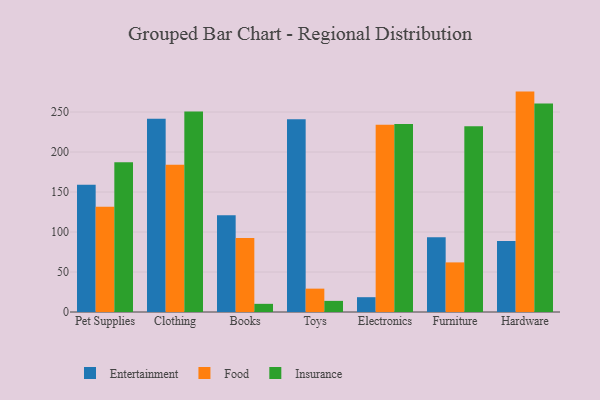
{"axis": {"x": "Category", "y": "Customer Acquisition Cost (USD)"}, "legend": ["Entertainment", "Food", "Insurance"], "data": [{"x": "Pet Supplies", "y": 159.0, "type": "Entertainment"}, {"x": "Pet Supplies", "y": 131.5, "type": "Food"}, {"x": "Pet Supplies", "y": 187.2, "type": "Insurance"}, {"x": "Clothing", "y": 241.6, "type": "Entertainment"}, {"x": "Clothing", "y": 184.1, "type": "Food"}, {"x": "Clothing", "y": 250.7, "type": "Insurance"}, {"x": "Books", "y": 120.8, "type": "Entertainment"}, {"x": "Books", "y": 92.4, "type": "Food"}, {"x": "Books", "y": 10.2, "type": "Insurance"}, {"x": "Toys", "y": 241.0, "type": "Entertainment"}, {"x": "Toys", "y": 29.2, "type": "Food"}, {"x": "Toys", "y": 13.9, "type": "Insurance"}, {"x": "Electronics", "y": 18.5, "type": "Entertainment"}, {"x": "Electronics", "y": 234.0, "type": "Food"}, {"x": "Electronics", "y": 235.0, "type": "Insurance"}, {"x": "Furniture", "y": 93.4, "type": "Entertainment"}, {"x": "Furniture", "y": 62.0, "type": "Food"}, {"x": "Furniture", "y": 232.2, "type": "Insurance"}, {"x": "Hardware", "y": 88.9, "type": "Entertainment"}, {"x": "Hardware", "y": 275.5, "type": "Food"}, {"x": "Hardware", "y": 260.7, "type": "Insurance"}]}